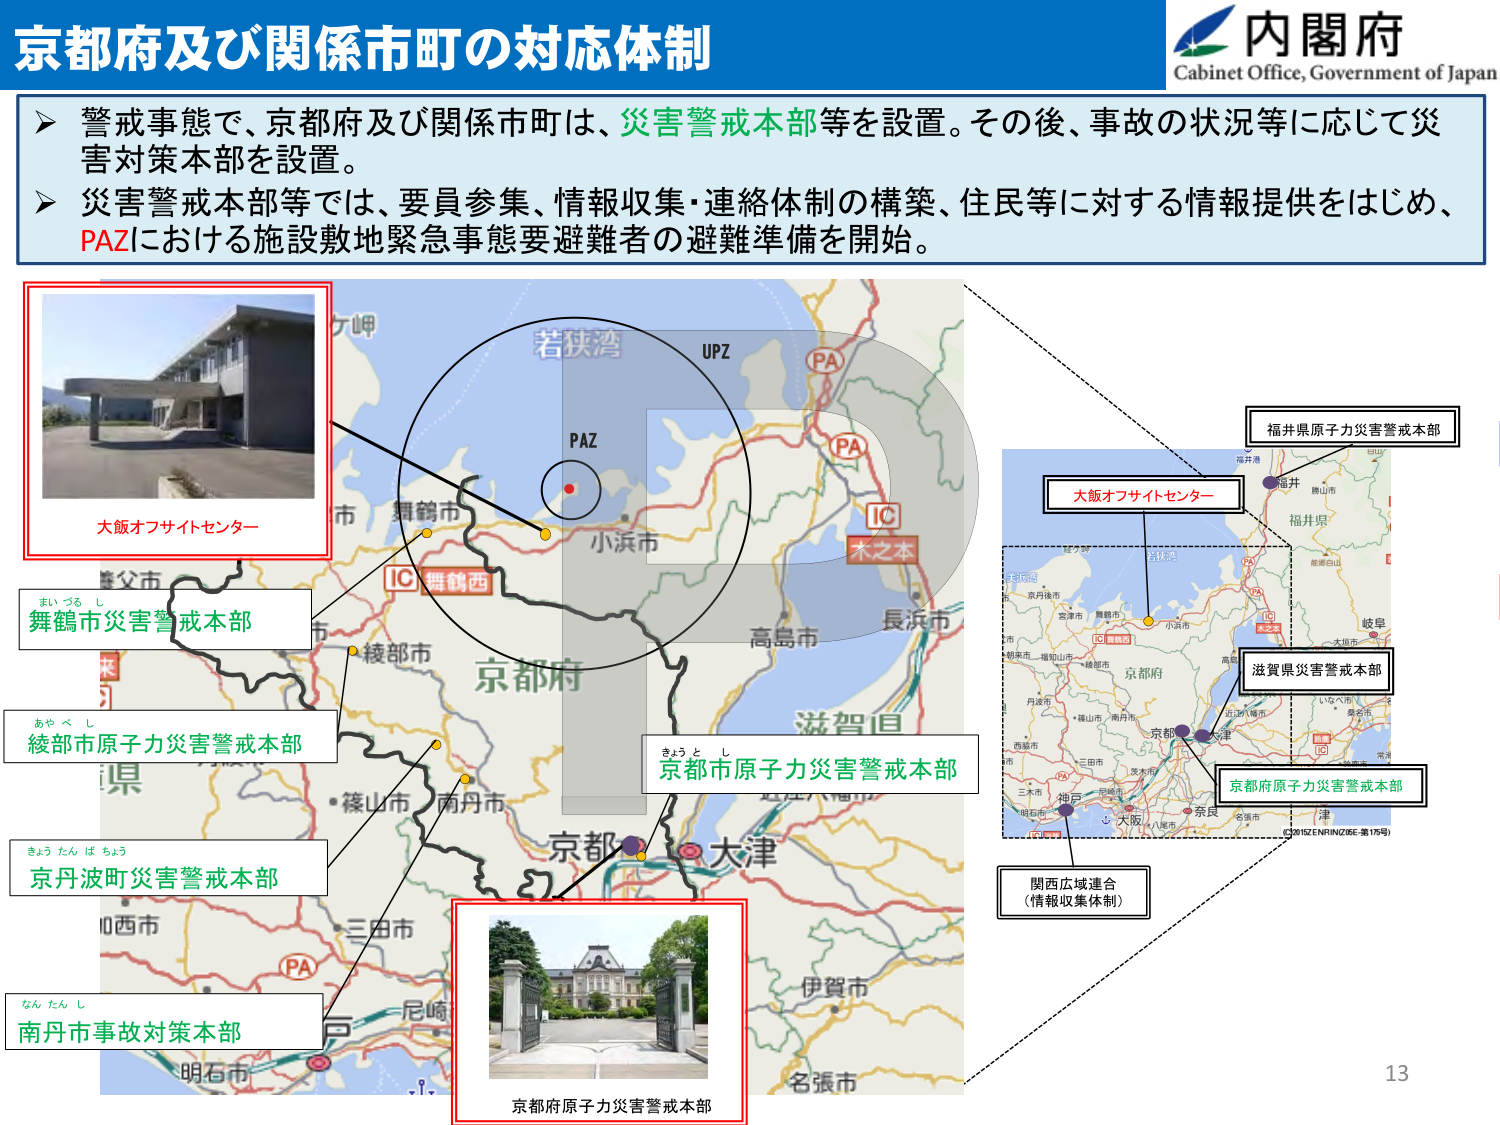
京都府及び関係市町の対応体制

内閣府
Cabinet Office, Government of Japan

▶ 警戒事態で、京都府及び関係市町は、災害警戒本部等を設置。その後、事故の状況等に応じて災害対策本部を設置。
▶ 災害警戒本部等では、要員参集、情報収集・連絡体制の構築、住民等に対する情報提供をはじめ、PAZにおける施設敷地緊急事態要避難者の避難準備を開始。

大飯オフサイトセンター

舞鶴市災害警戒本部
まいづる し

綾部市原子力災害警戒本部
あやべ し

京丹波町災害警戒本部
きょうたんばちょう

南丹市事故対策本部
なんたんし

京都府原子力災害警戒本部

京都市原子力災害警戒本部
きょうと し

大飯オフサイトセンター

福井県原子力災害警戒本部

滋賀県災害警戒本部

京都府原子力災害警戒本部

関西広域連合
（情報収集体制）

PAZ
UPZ
PA
IC
木之本
若狭湾
舞鶴西
IC
小浜市
舞鶴市
京都市
高島市
長浜市
滋賀県
大津
京都
大阪
神戸
尼崎
明石市
三田市
伊賀市
名張市
福井
福井県
岐阜
津
八尾市
奈良
名古屋市
三木市
西脇市
丹波市
綾部市
南丹市
京丹後市
宮津市
福知山市
京都市
京都府
三田市
美木多
丹後
（C3015ZENRINZB6-第175号）

13